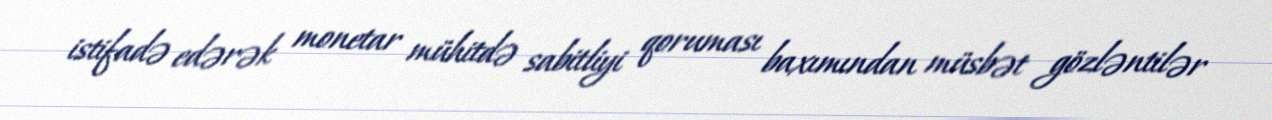
istifadə edərək monetar mühitdə sabitliyi qoruması baxımından müsbət gözləntilər